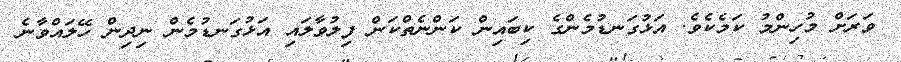
ވަރަށް މުހިންމު ކަމެކެވެ. އަޅުގަނޑުމެންގެ ކިބައިން ކަންނެތްކަން ފިލުވާލައި އަޅުގަނޑުމެން ނިދިން ހޭލައްވާނެ